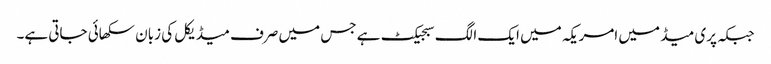
جبکہ پری میڈ میں امریکہ میں ایک الگ سبجیکٹ ہے جس میں صرف میڈیکل کی زبان سکھائی جاتی ہے۔